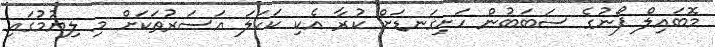
މޮބައިލް ފޯނުގެ ސަބަބުން ހަށިގަނޑަށް ކުރާ އެކި ކަހަލަ އަސަރުތަކަށް މި ލިޔުމުގައި